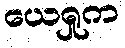
ယေရှုက